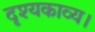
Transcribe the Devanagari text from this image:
दृश्यकाव्य।